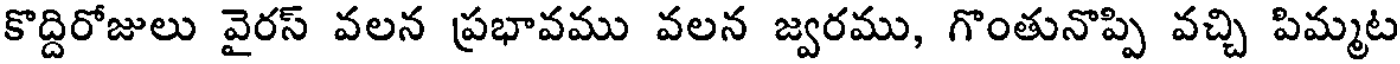
కొద్దిరోజులు వైరస్ వలన ప్రభావము వలన జ్వరము, గొంతునొప్పి వచ్చి పిమ్మట